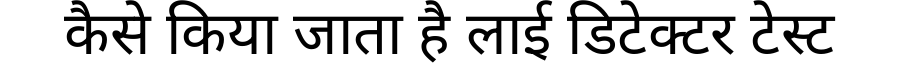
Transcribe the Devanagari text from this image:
कैसे किया जाता है लाई डिटेक्टर टेस्ट